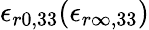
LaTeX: \epsilon_{r0,33}(\epsilon_{r\infty,33})